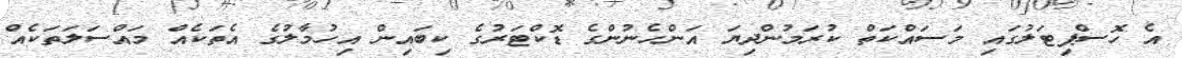
އެ ހޮސްޕިޓަލުގައި މަސައްކަތް ކުރަމުންދިޔަ އަންހެނުންގެ ޑޮކްޓަރުގެ ކިބައިން އިހުމާލުގެ އެތަކެއް މައްސަލަތަކެއް